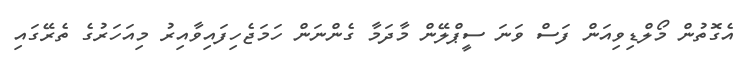
އެގޮތުން މޯލްޑިވިއަން ފަސް ވަނަ ސީޕްލޭން މާދަމާ ގެންނަން ހަމަޖެހިފައިވާއިރު މިއަހަރުގެ ތެރޭގައި